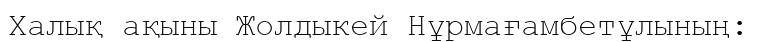
Халық ақыны Жолдыкей Нұрмағамбетұлының: